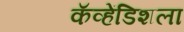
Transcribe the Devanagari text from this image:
कॅव्हेंडिशला